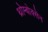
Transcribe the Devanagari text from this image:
थ्रोम्बोक्सेन